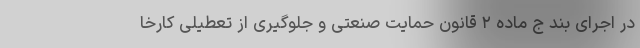
در اجرای بند ج ماده ۲ قانون حمایت صنعتی و جلوگیری از تعطیلی کارخا